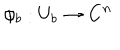
\phi _ { b } : U _ { b } \rightarrow { \bf C } ^ { n }